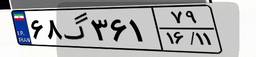
۶۸گ۳۶۱۷۹